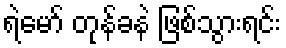
ရဲမော် တုန်ခနဲ ဖြစ်သွားရင်း